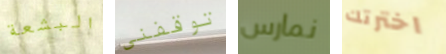
البشعة توقفني نمارس اخترتك